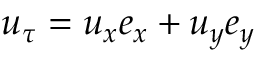
u _ { \tau } = u _ { x } e _ { x } + u _ { y } e _ { y }